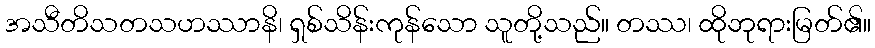
အသီတိသတသဟဿာနိ၊ ရှစ်သိန်းကုန်သော သူတို့သည်။ တဿ၊ ထိုဘုရားမြတ်၏။